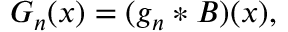
\begin{array} { r } { G _ { n } ( x ) = ( g _ { n } * B ) ( x ) , } \end{array}